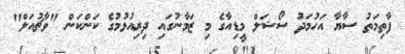
ފާތިމަތު ސާޔާ އަހުމަދު ސޯޝަލް މީޑިއާގެ މި ޒަމާނުގައި ދިރިއުޅުމުގެ ކަންކަން "ވާޗުއަލް"